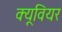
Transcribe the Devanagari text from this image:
क्यूवियर